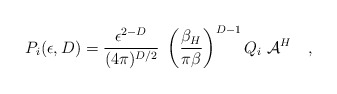
\begin{align*}P_i(\epsilon,D)={\epsilon^{2-D} \over (4\pi)^{D/2}}~\left({\beta_H \over \pi\beta}\right)^{D-1}Q_i~{\cal A}^H~~~,\end{align*}